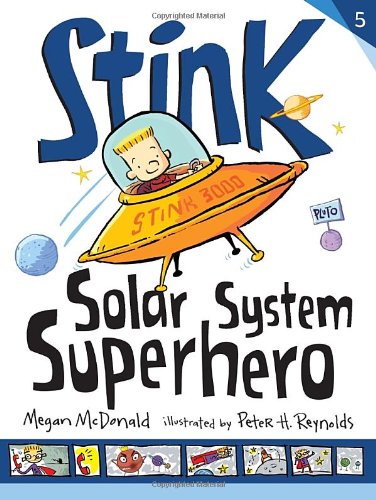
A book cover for Stink: Solar System Superhero; Megan McDonald; Science & Math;